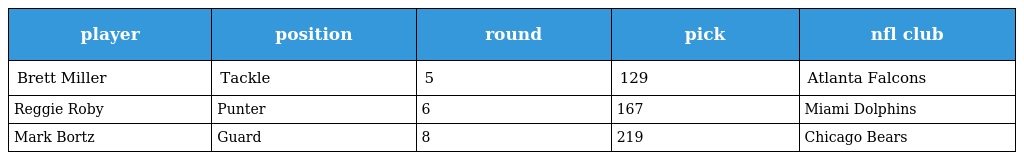
| player | position | round | pick | nfl club |
 | --- | --- | --- | --- | --- |
 | Brett Miller | Tackle | 5 | 129 | Atlanta Falcons |
 | Reggie Roby | Punter | 6 | 167 | Miami Dolphins |
 | Mark Bortz | Guard | 8 | 219 | Chicago Bears |